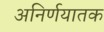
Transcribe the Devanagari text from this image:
अनिर्णयातक